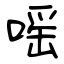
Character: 嗂